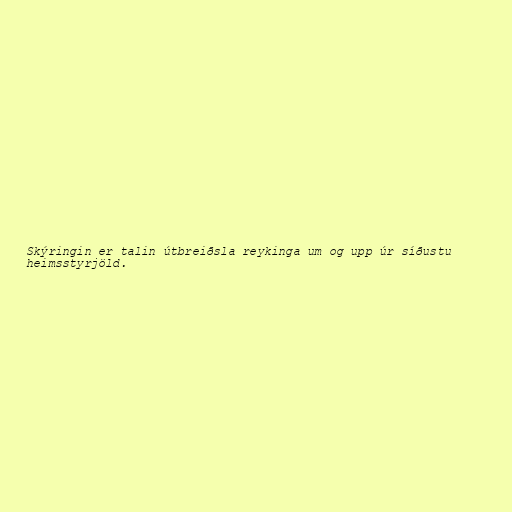
Skýringin er talin útbreiðsla reykinga um og upp úr síðustu
heimsstyrjöld.